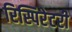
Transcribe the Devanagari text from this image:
रिस्पिरेटरी